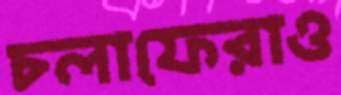
চলাফেরাও